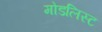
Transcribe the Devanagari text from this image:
मोडलिस्ट